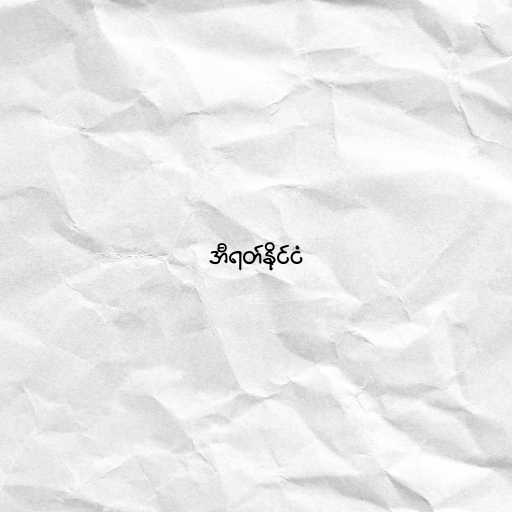
အီရတ်နိုင်ငံ